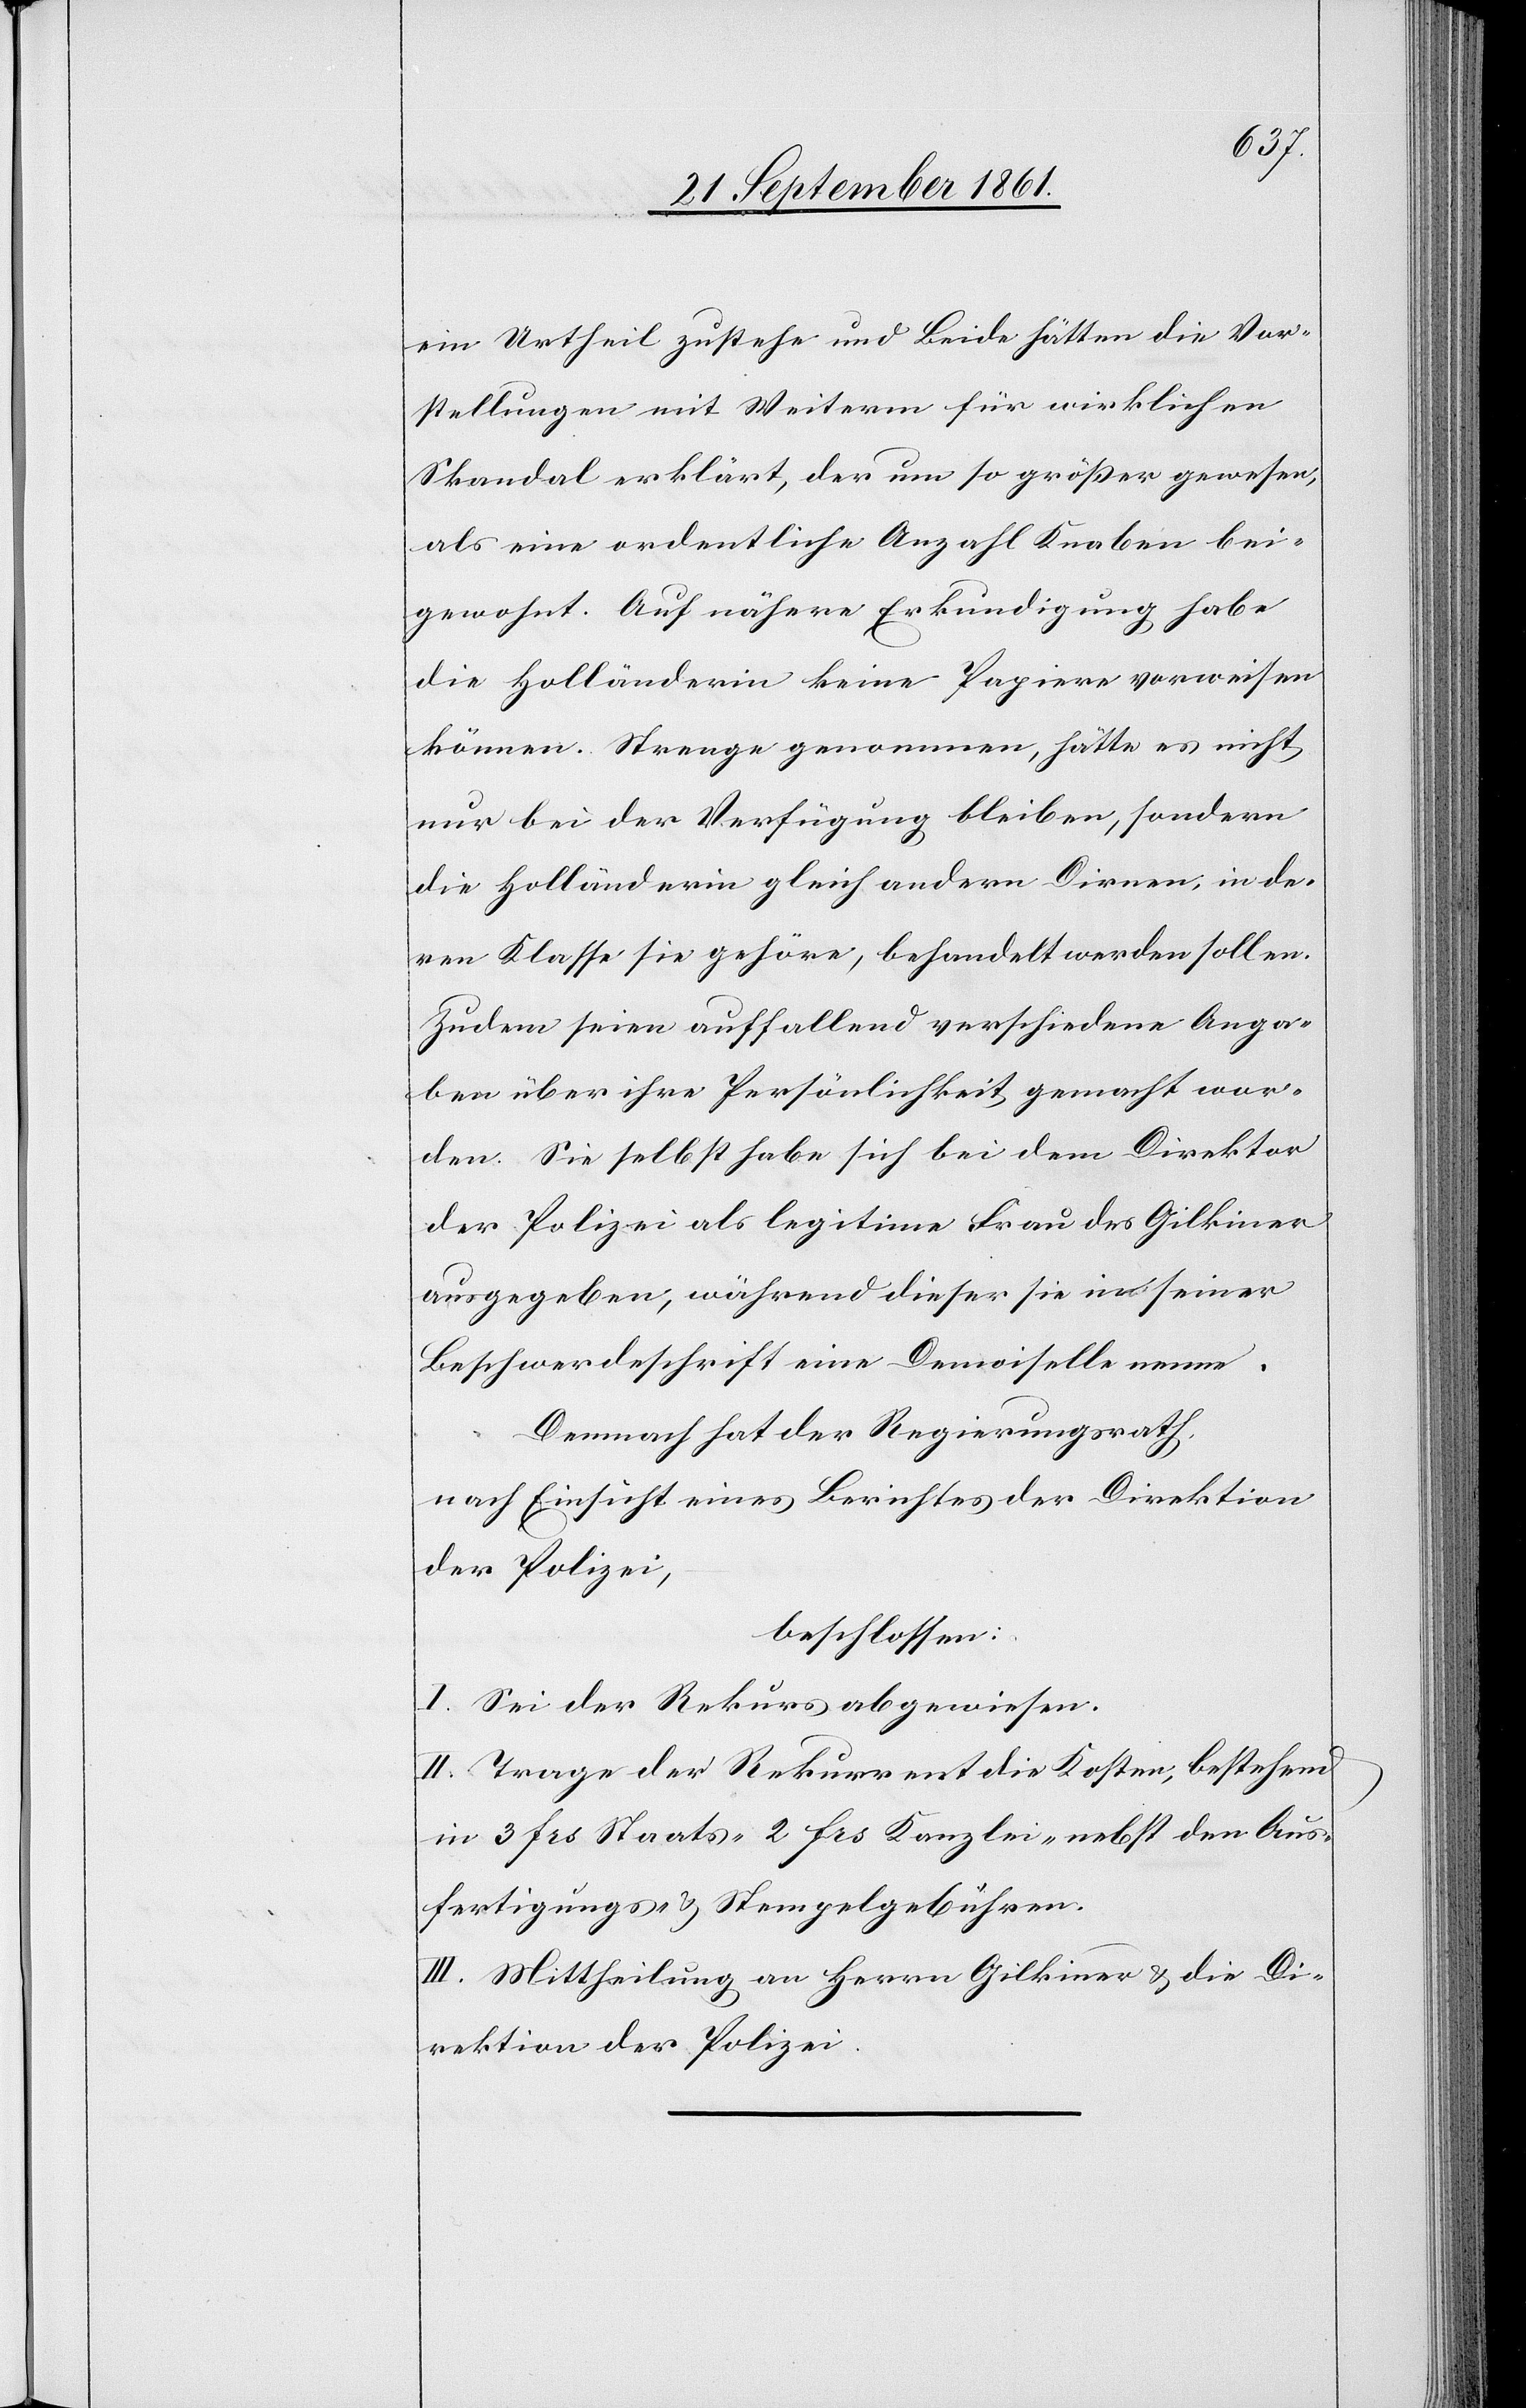
ein Urtheil zustehe und Beide hätten die Vor¬
stellungen mit Weiterm für wirklichen
Skandal erklärt, der um so größer gewesen,
als eine ordentliche Anzahl Knaben bei¬
gewohnt. Auf nähere Erkundigung habe
die Holländerin kein Papiere vorweisen
können. Strenge genommen hätte, es nicht
nur bei der Verfügung bleiben, sondern
die Holländerin gleich andern Dirnen, in de¬
ren Klasse sie gehöre, behandelt werden sollen.
Zudem seien auffallend verschiedene Anga¬
ben über ihre Persönlichkeit gemacht wor¬
den. Sie selbst habe sich bei dem Direktor
der Polizei als legitime Frau des Gilkiner
ausgegeben, während dieser sie in seiner
Beschwerdeschrift eine Demoiselle nenne.
Demnach hat der Regierungsrath,
nach Einsicht eines Berichtes der Direktion
der Polizei,
beschlossen:
I. Sei der Rekurs abgewiesen.
II. Trage der Rekurrent die Kosten, bestehend
in 3 frs Staats-[,] 2 frs Kanzlei-[,] nebst den Aus¬
fertigungs- u. Stempelgebühren.
III. Mittheilung an Herrn Gilkiner u. die Di¬
rektion der Polizei.